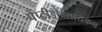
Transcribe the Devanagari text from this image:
पेप्टीडोग्लायकन